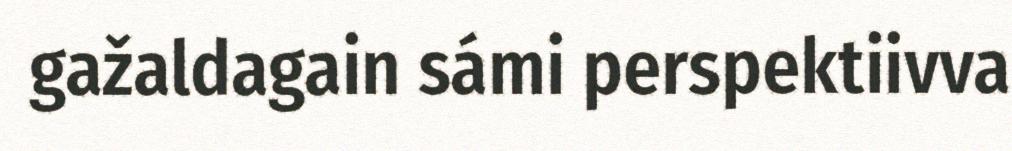
gažaldagain sámi perspektiivva